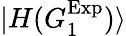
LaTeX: |{H(G_{1}^{\mathrm{Exp}})}\rangle